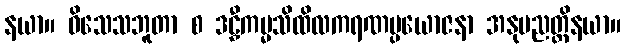
နယာ။ ဝိသေသဘူတာ စ ဒဠှီကမ္မသိထိလကရဏပ္ပယောဇနာ အနုပညတ္တိနယာ။